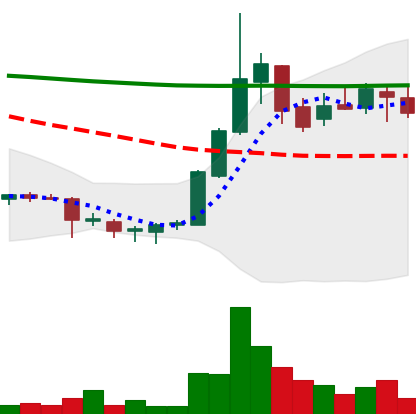
Ticker: DOGE-USD
Chart end date: 2018-07-26
Forward return: -13.204%
Label: down_7plus